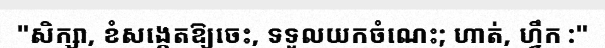
"សិក្សា, ខំសង្កេតឱ្យចេះ, ទទួលយកចំណេះ; ហាត់, ហ្វឹក :"